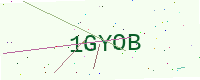
Text: 1GYOB